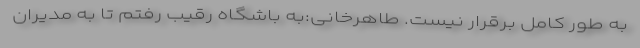
به طور کامل برقرار نیست. طاهرخانی:به باشگاه رقیب رفتم تا به مدیران